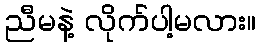
ညီမနဲ့ လိုက်ပါ့မလား။